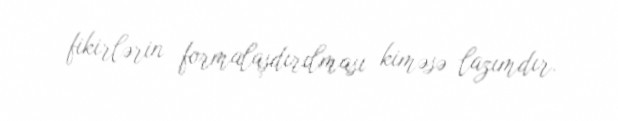
fikirlərin formalaşdırılması kiməsə lazımdır.